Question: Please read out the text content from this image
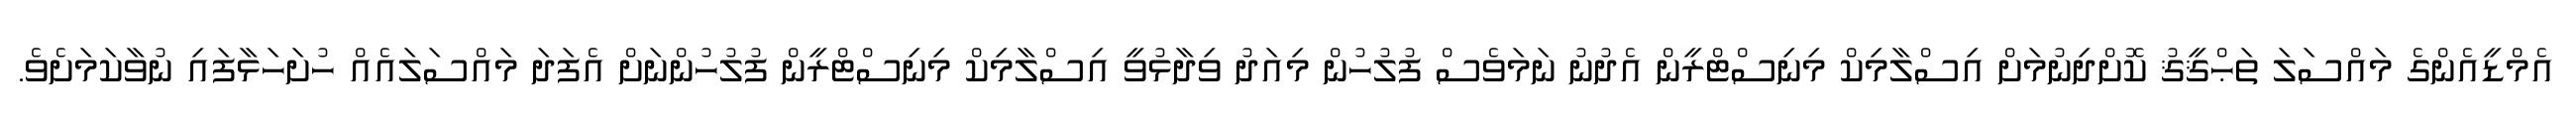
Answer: އެމްޑީއެންގެ މައްސަލަ ތަޙްޤީޤު ކޮށްދިނުމަށް އިސްލާމިކް މިނިސްޓްރީން އެދުނު ނަމަވެސް ފުލުހުން މިއަދު ވިދާޅުވީ އިސްލާމިކް މިނިސްޓްރީން ފުލުހުންނަށް އެފަދަ މައްސަލައެއް ހުށަހަޅާފައި ނުވާކަމަށެވެ.